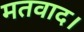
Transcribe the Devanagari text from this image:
मतवाद।